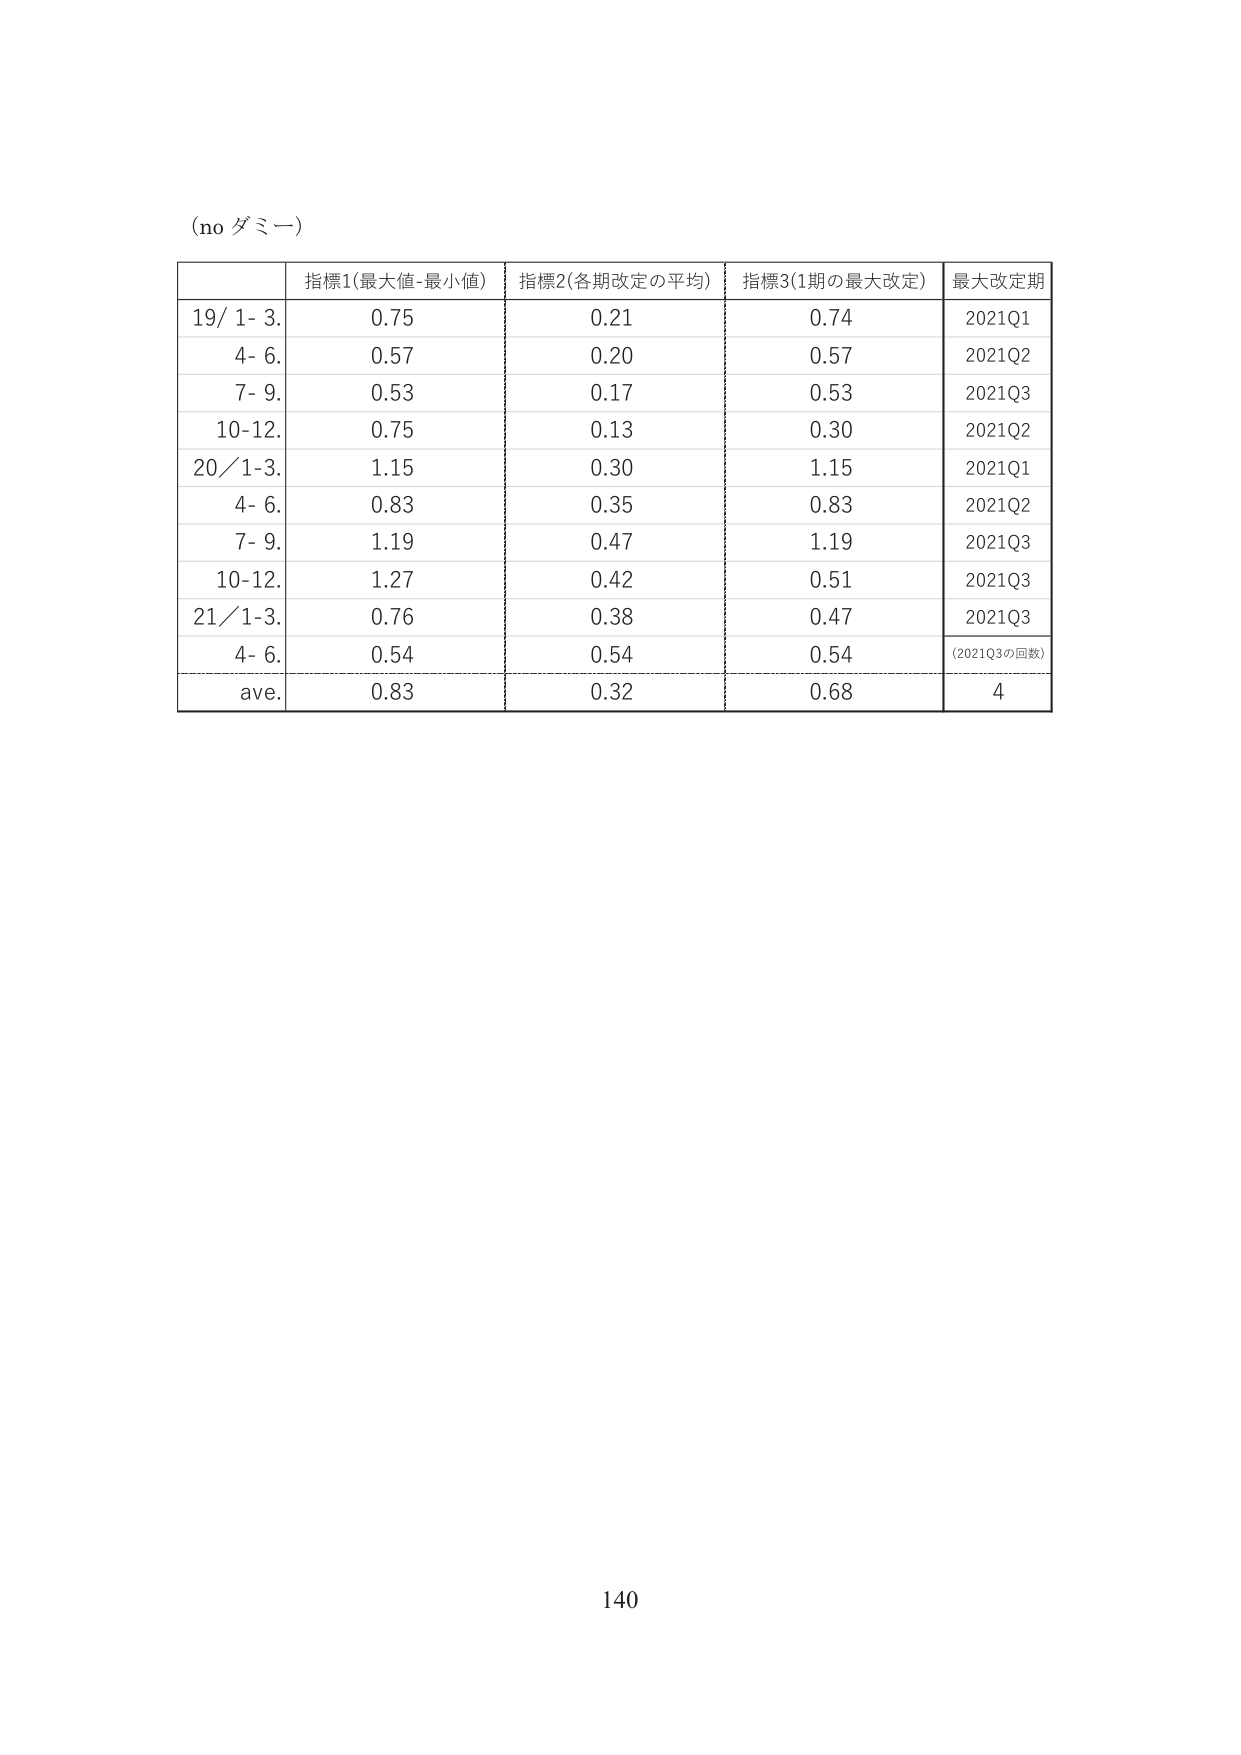
(no ダミー)

指標1(最大値-最小値) 指標2(各期改定の平均) 指標3(1期の最大改定) 最大改定期
19/ 1- 3. 0.75 0.21 0.74 2021Q1
4- 6. 0.57 0.20 0.57 2021Q2
7- 9. 0.53 0.17 0.53 2021Q3
10-12. 0.75 0.13 0.30 2021Q2
20/1-3. 1.15 0.30 1.15 2021Q1
4- 6. 0.83 0.35 0.83 2021Q2
7- 9. 1.19 0.47 1.19 2021Q3
10-12. 1.27 0.42 0.51 2021Q3
21/1-3. 0.76 0.38 0.47 2021Q3
4- 6. 0.54 0.54 0.54 (2021Q3の回数)
ave. 0.83 0.32 0.68 4

140